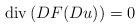
LaTeX: \begin{align*} {\rm div}\, (DF(Du))=0 \end{align*}